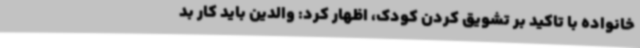
خانواده با تاکید بر تشویق کردن کودک، اظهار کرد: والدین باید کار بد